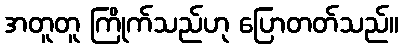
အတူတူ ကြိုက်သည်ဟု ပြောတတ်သည်။